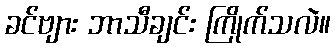
ခင်ဗျား ဘာသီချင်း ကြိုက်သလဲ။